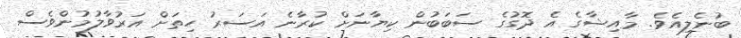
ބުނެލިއެވެ. މާއިޝާގެ އެ ދޮގުގެ ސަބަބުން ކިޔާނަށް ކުރާނެ އަސަރު ހިތަށް އަރުވާލުމުންވެސް